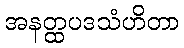
အနတ္ထပဒသံဟိတာ